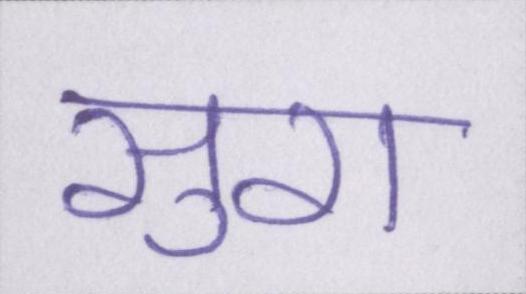
सुरा